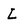
Character: L